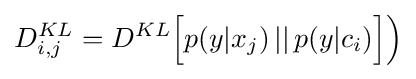
D_{i,j}^{KL}=D^{KL}{\Big [}p(y|x_{j})\,||\,p(y|c_{i}){\Big ]}{\Big )}